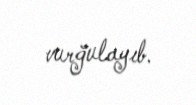
vurğulayıb.